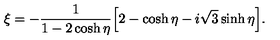
\xi = - \frac { 1 } { 1 - 2 \cosh \eta } \Bigl [ 2 - \cosh \eta - i \sqrt { 3 } \sinh \eta \Bigr ] .